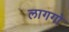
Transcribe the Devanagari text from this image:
लागगो